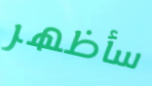
سأظهر